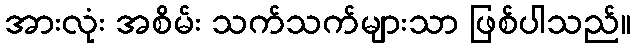
အားလုံး အစိမ်း သက်သက်များသာ ဖြစ်ပါသည်။